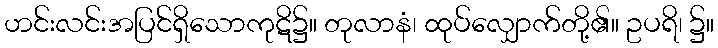
ဟင်းလင်းအပြင်ရှိသောကုဋိ၌။ တုလာနံ၊ ထုပ်လျှောက်တို့၏။ ဥပရိ၊ ၌။